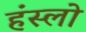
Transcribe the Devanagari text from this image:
हंस्लो